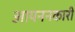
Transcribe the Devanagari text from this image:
आयननकारी